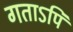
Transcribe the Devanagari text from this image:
गताऽपि